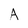
Character: A